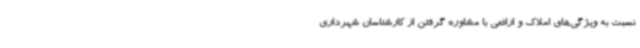
نسبت به ویژگی‌های املاک و اراضی با مشاوره گرفتن از کارشناسان شهرداری